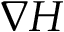
\nabla H